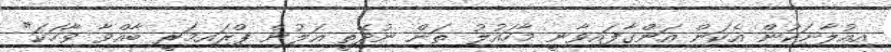
އިއުލާނަކުން އެކަން އަންގާފައިވާނީ މާހައުލު ތަން ނުދޭތީ އަލުން ޕްރައިމަރީ ބާއްވާ ވާހަކަ"